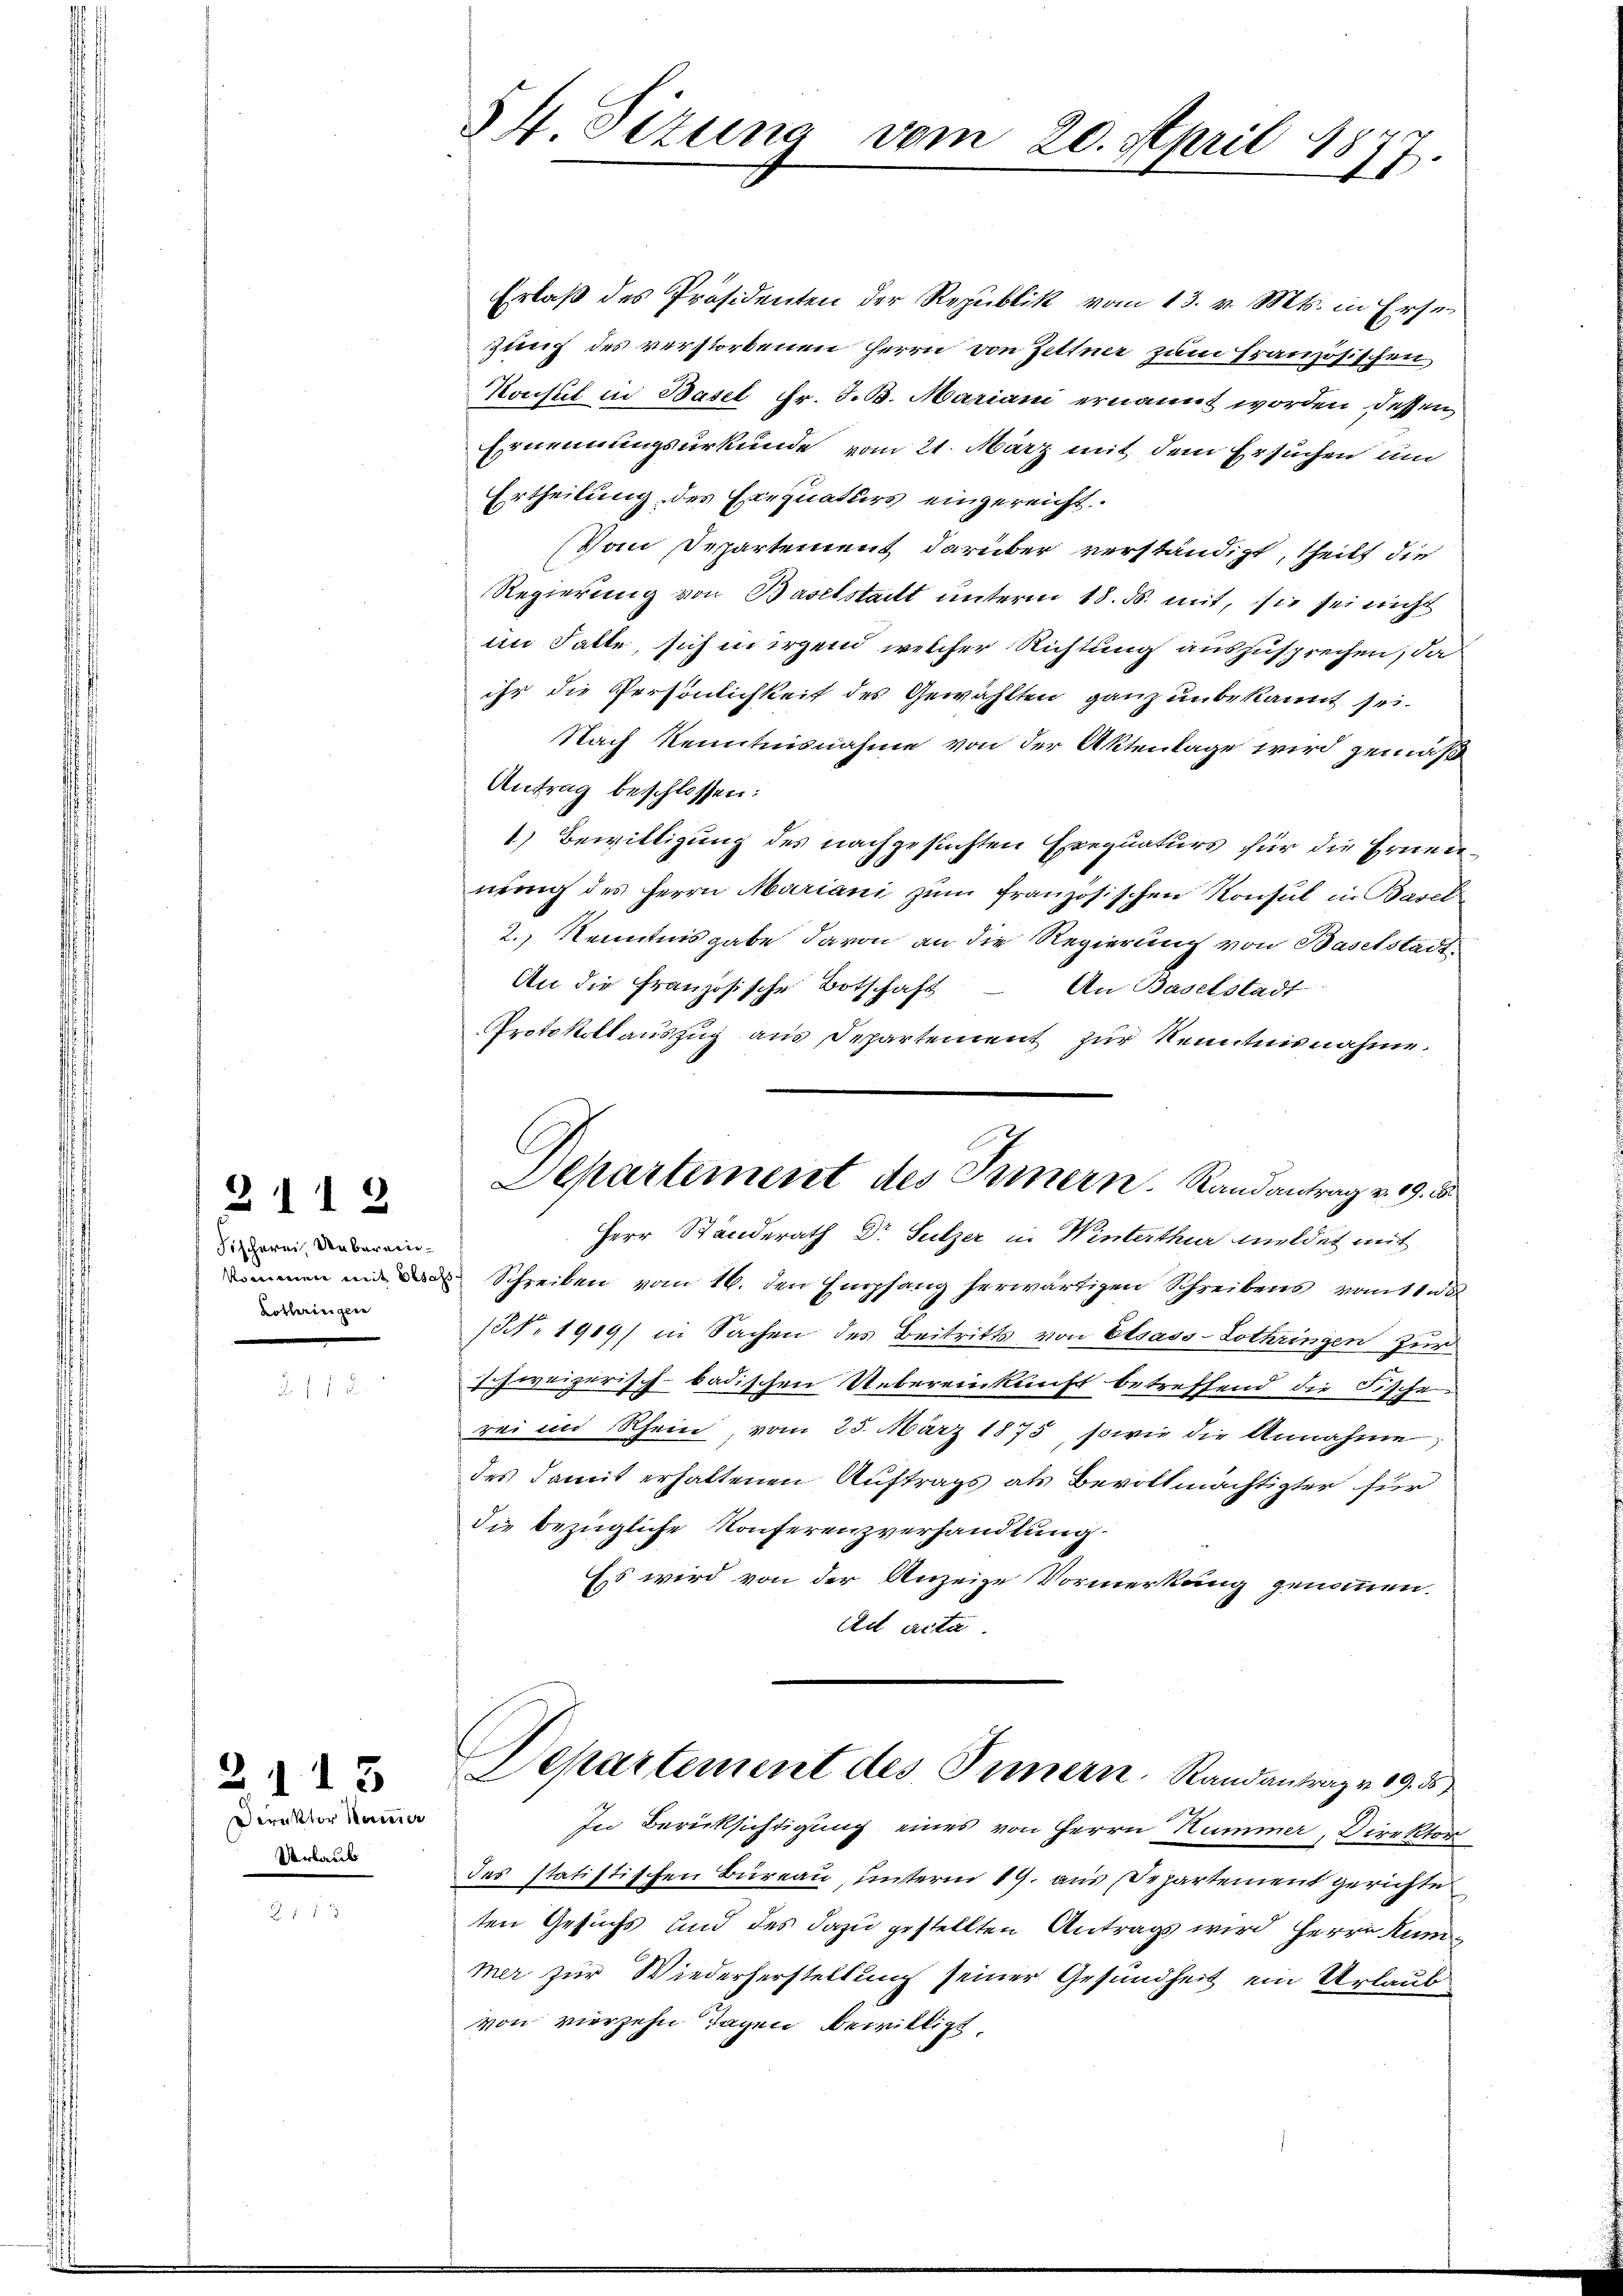
2112

Fischerei Ueberein¬
Lothringen

Direktor Mauer
Verbaut

2113

§ 4. Sizung vom 20. April 18
17.

Erlaß des Präsidenten der Republik vom 13. v. Mts. in Erset
zung des verstorbenen Herrn von Zeltner zum Französischen
Konsul in Basel Fr. J. B. Mariani ernannt worden dessen
Ernennungsurkunde vom 21. März mit dem Ersuchen und
Ertheilung des Exequaturs eingereicht.
Vom Departement darüber verständigt, theilt die
Regierung von Baselstadt unterm 18. ds. mit, sie sei nicht
im Falte, sich in irgend welcher Richtung auszusprechen, da
ihr die Persönlichkeit des Gewählten ganz unbekannt sei.
Nach Kenntnisnahme von der Aktenlage wird gemäß
Antrag beschlossen:
1) Bewilligung des nachgesuchten Exequaturs für die Ernennung des Herrn Mariani zum französischen Konsul in Basel
2.) Kenntnisgabe davon an die Regierung von Baselstadt
An die Französische Botschaft - An Baselstadt
Protokollauszug aus Departement zur Kenntnisnahme.
nommen und Schreiben vom 16. den Empfang herwärtigen Schreibens vom 18
/1. 1919) in Sachen des Beitritts von Elsass-Lothringen zur
schweizerisch-badischen Uebereinkunft betreffend die Fische
rei im Rhein, vom 25. März 1875, sowie die Annahme,
des damit erhaltenen Auftrags als Bevollmächtigter für
die bezügliche Konferenzverhandlung
Es wird von der Anzeige Vormerkung genommen.
Ad acta
Departement des Innern. Randantrag v. 19. 5
In Berücksichtigung eines von Herrn Kummer, Direktor
des statistischen Büreau, unterm 19. aus Departement gerichtet
ten Gesuchs und des dazu gestellten Antrags wird Herrn Kunmer zur Wiederherstellung seiner Gesundheit ein Urlaub
von vierzehn Tagen bewilligt

Departement des Innern. Randantrag v. 19. 8
Herr Ständerath Dr Sulzer in Winterthur meldet mit